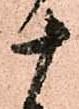
十